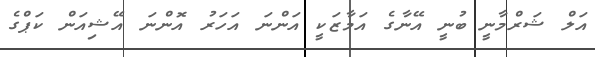
އަލް ޝަރްމާނީ ބުނީ އޭނާގެ އަމާޒަކީ އަންނަ އަހަރު އޮންނަ އޭޝިއަން ކަޕްގެ